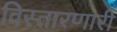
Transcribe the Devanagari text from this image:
विस्तारणारी